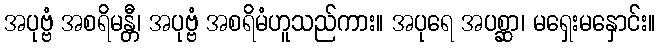
အပုဗ္ဗံ အစရိမန္တီ၊ အပုဗ္ဗံ အစရိမံဟူသည်ကား။ အပုရေ အပစ္ဆာ၊ မရှေးမနှောင်း။